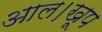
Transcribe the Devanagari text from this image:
आल।खूप